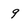
Character: 9